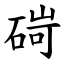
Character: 碋